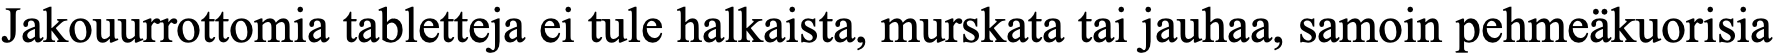
Jakouurrottomia tabletteja ei tule halkaista, murskata tai jauhaa, samoin pehmeäkuorisia